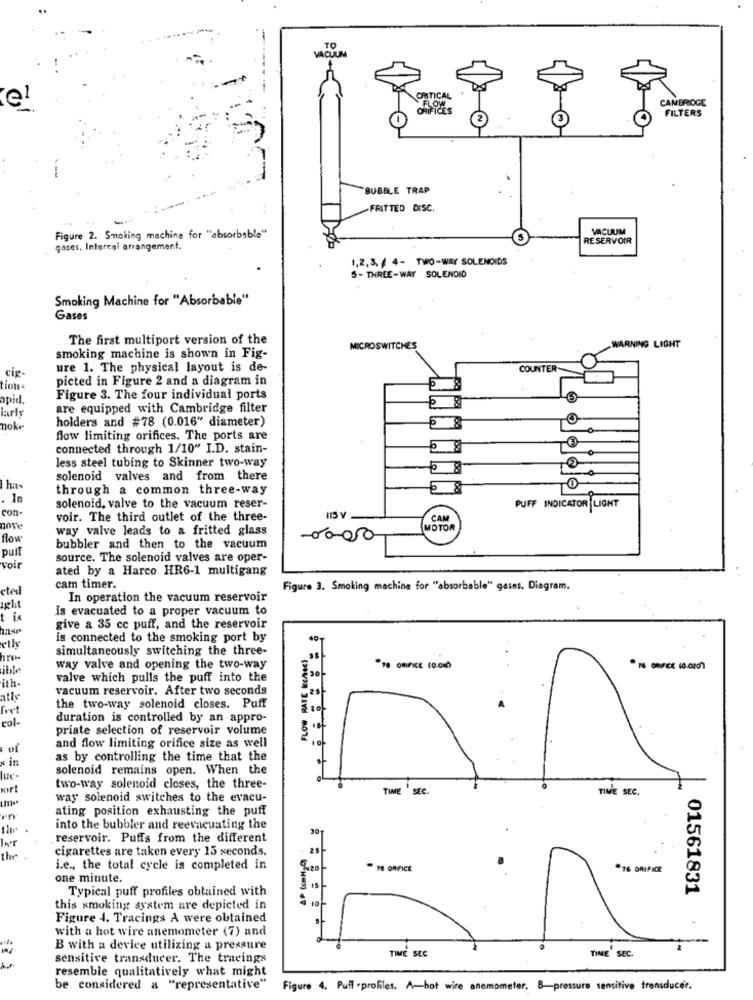
--
TO
ITICAL
CAMBRIDGE
el
FILTERS
BUBBLE TRAP
-FRITTED DISC.
VACUUM
Figure 2. Smoking machina for "absorbable"
RESERVOIR
gases. Intercal arrangement.
1,2,3, 4 4- TWO-WAY SOLENOIDS
5- THREE-WAY SOLENOID
Smoking Machine for "Absorbable"
Gases
The first multiport version of the
MICROSWITCHES
WARNING LIGHT
smoking machine is shown in Fig-
cig
ure 1. The physical layout is de-
COUNTER-
picted in Figure 2 and a diagram in
apid.
Figure 3. The four individual ports
larly
are equipped with Cambridge filter
holders and #78 (0.016" diameter)
nokr
flow limiting orifices. The ports are
connected through 1/10" I.D. stain-
less steel tubing to Skinner two-way
solenoid valves and from there
through a common three-way
In
con-
solenoid, valve to the vacuum reser-
PUFF INDICATOR LIGHT
voir. The third outlet of the three-
CAM
nove
way valve leads to a fritted glass
MOTOR
flow
-0000
pult
bubbler and then to the vacuum
soir
source. The solenoid valves are oper-
ated by a Harco HR6-1 multigang
cted
cam timer.
Figure 3. Smoking machine for "absorbable" gains. Diagram.
In operation the vacuum reservoir
ight
is evacuated to a proper vacuum to
give a 35 cc puff, and the reservoir
is connected to the smoking port by
elly
simultaneously switching the three-
FLOW RATE lechee)
hru
way valve and opening the two-way
So
*18 ORIFICE (0.01)
valve which pulls the puff into the
ith-
vacuum reservoir. After two seconds
atis
fret
the two-way solenoid closes. Puff
col-
duration is controlled by an appro-
priate selection of reservoir volume
and flow limiting orifice size as well
of
in
as by controlling the time that the
solenoid remains open. When the
lux-
mrt
two-way solenoid closes, the three-
TIME
TIME SEC.
way solenoid switches to the evacu-
ating position exhausting the puff
into the bubbler and reevacuating the
30
reservoir. Puffs from the different
cigarettes are taken every 15 seconds.
AP (cmM20)
the
i.e ., the total cycle is completed in
18 OFFICE
.76 ORIFICE
one minute.
Typical puff profiles obtained with
1st
01561831
10
this smoking system are depicted in
Figure 4. Tracings A were obtained
with a hot wire anemometer (7) and
B with a device utilizing a pressure
TIME SEC
TIME SEC.
sensitive transducer. The traeings
resemble qualitatively what might
be considered a "representative"
Figure 4. Puff .profiles. A-hot wire anemometer. B-pressure sensitive transducer.